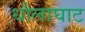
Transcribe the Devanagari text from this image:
धौलाघाट